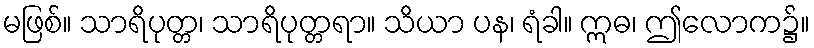
မဖြစ်။ သာရိပုတ္တ၊ သာရိပုတ္တရာ။ သိယာ ပန၊ ရံခါ။ ဣဓ၊ ဤလောက၌။